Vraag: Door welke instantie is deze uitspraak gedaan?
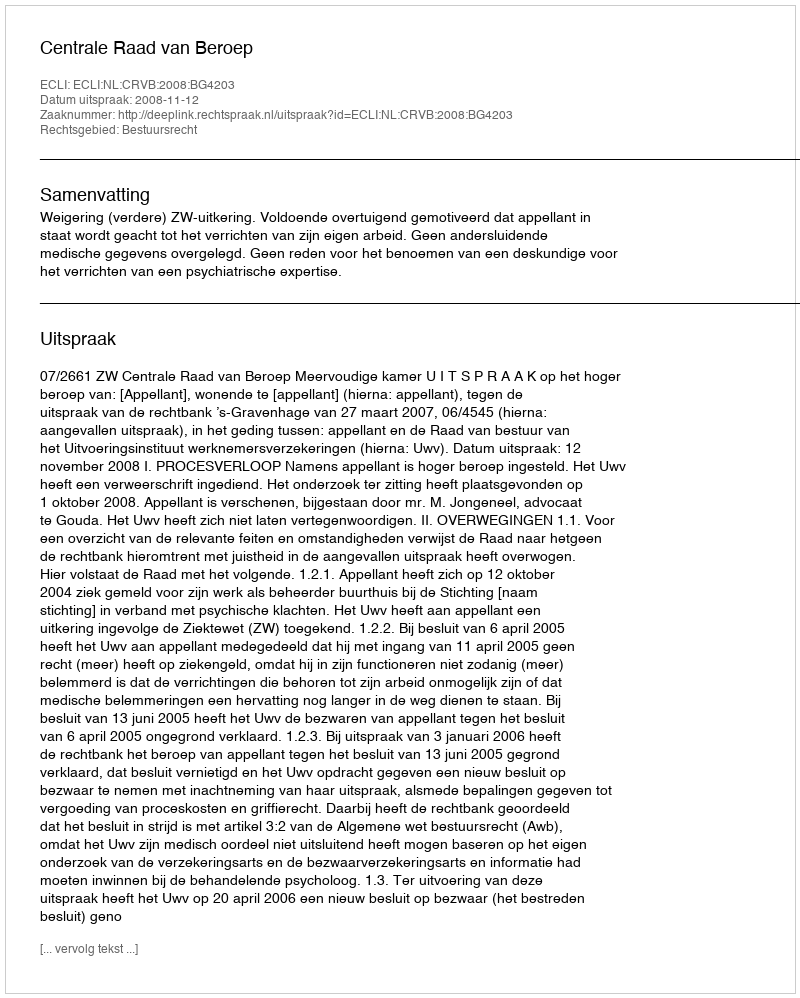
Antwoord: Centrale Raad van Beroep